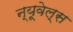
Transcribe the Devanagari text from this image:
न्यूवेल्स